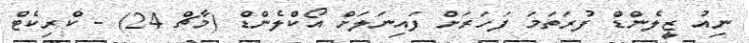
ނިއު ޒީލެންޑް ފުރަތަމަ ފަހަރަށް ފައިނަލަށް އޯކްލެންޑް (މާޗް 24) - ކްރިކެޓް